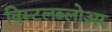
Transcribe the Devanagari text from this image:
विस्टलब्लोअर